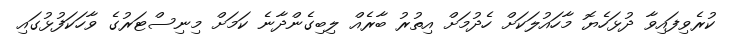
ކުރެވިފައިވާާ ދުޅަހެޔޮ މާހައުލަކަށް ހެދުމަށް އިތުރު ބާރެއް ލިބިގެންދާނެ ކަމަށް މިނިސްޓަރުގެ ވާހަކަފުޅުގައި